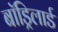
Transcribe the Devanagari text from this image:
बॉड्रिलार्ड